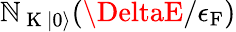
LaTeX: \mathbb{N}_{\mathrm{{~K~}}\lvert0\rangle}(\DeltaE/\epsilon_{\mathrm{{F}}})